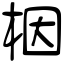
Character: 栶